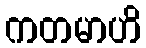
ကတမာဟိ